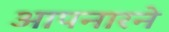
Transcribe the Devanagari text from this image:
आपनारने